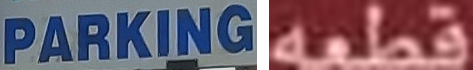
PARKING قطعه